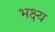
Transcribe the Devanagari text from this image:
भक्ष्‍य